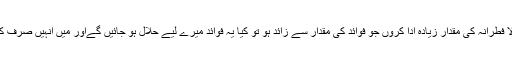
تو كيا جب ميں رمضان ميں ادا كيا جانے والا فطرانہ كى مقدار زيادہ ادا كروں جو فوائد كى مقدار سے زائد ہو تو كيا يہ فوائد ميرے ليے حلال ہو جائيں گےاور ميں انہيں صرف كرسكتا ہوں اور كيا وہ پاكيزہ بن جائيں گے ؟